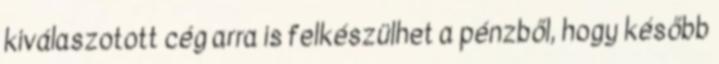
kiválaszotott cég arra is felkészülhet a pénzből, hogy később